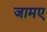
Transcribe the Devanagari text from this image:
जामए